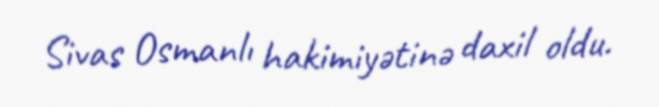
Sivas Osmanlı hakimiyətinə daxil oldu.